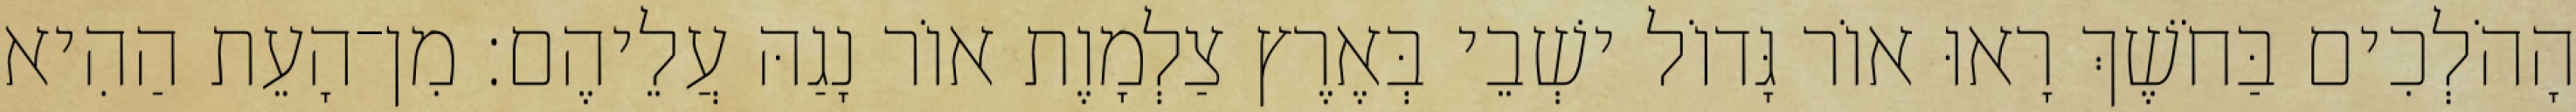
הָהֹלְכִים בַּחֹשֶׁךְ רָאוּ אוֹר גָּדוֹל ישְׁבֵי בְּאֶרֶץ צַלְמָוֶת אוֹר נָגַהּ עֲלֵיהֶם׃ מִן־הָעֵת הַהִיא